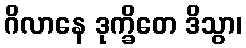
ဂိလာနေ ဒုက္ခိတေ ဒိသွာ၊